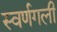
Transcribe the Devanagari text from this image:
स्वर्णगली